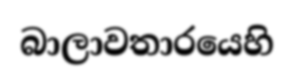
බාලාවතාරයෙහි